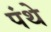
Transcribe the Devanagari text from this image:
पंथे